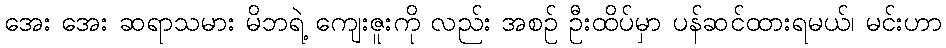
အေး အေး ဆရာသမား မိဘရဲ့ ကျေးဇူးကို လည်း အစဉ် ဦးထိပ်မှာ ပန်ဆင်ထားရမယ်၊ မင်းဟာ